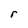
Character: r